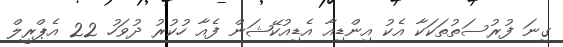
ގިނަ ފުރުސަތުތަކަކާ އެކު އިންޑިއާ އެޑިއުކޭޝަން ފެއާ ހުކުރު ދުވަހު 22 އެޕްރީލް